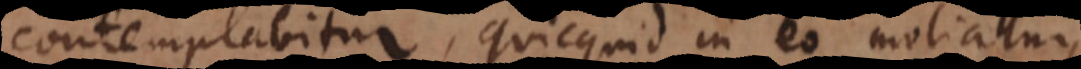
contemplabitur, quicquid in eo metiatur,